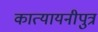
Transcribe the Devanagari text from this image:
कात्यायनीपुत्र